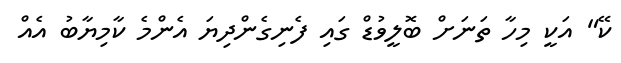
ކޭ" އަކީ މިހާ ތަނަށް ބޮލީވުޑް ގައި ފެނިގެންދިޔަ އެންމެ ކާމިޔާބު އެއް